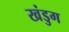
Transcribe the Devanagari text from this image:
खंडुग